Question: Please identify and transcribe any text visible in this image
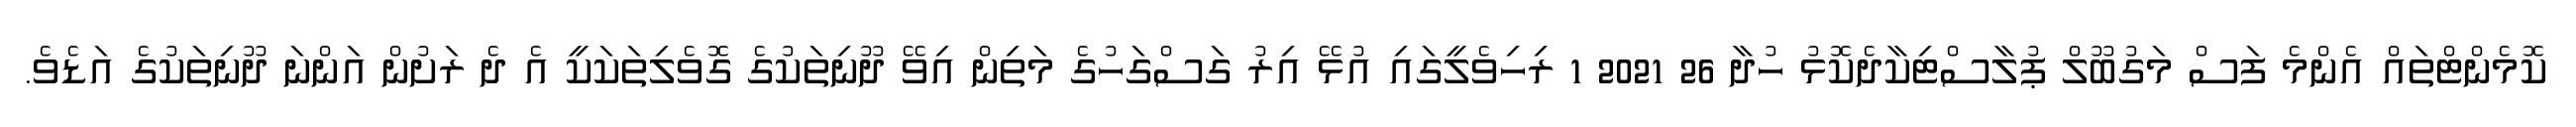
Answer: ކޮމެންޓްތައް އެންމެ ފަސް މަގުބޫލް ޕުލާސްޓިކާދެކޮޅު ހުދާ 26 2021 1 ރިހިވެލީގައި އުޅޭ އިރު ގަސްގަހުގެ މަތިން އިވޭ ދޫނިތަކުގެ ގޮވެލިތަކަކީ އެ ދެ ރަށުން އަންނަ ދޫނިތަކުގެ އަޑެވެ.